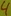
Text: 4